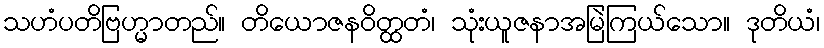
သဟံပတိဗြဟ္မာတည်။ တိယောဇနဝိတ္ထတံ၊ သုံးယူဇနာအမြဲကြယ်သော။ ဒုတိယံ၊